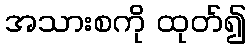
အသားစကို ထုတ်၍